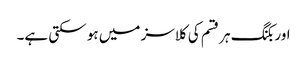
اور بکنگ ہر قسم کی کلاسز میں ہو سکتی ہے۔